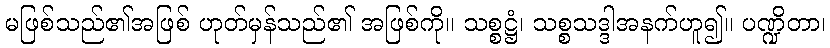
မဖြစ်သည်၏အဖြစ် ဟုတ်မှန်သည်၏ အဖြစ်ကို။ သစ္စဋ္ဌံ၊ သစ္စသဒ္ဒါအနက်ဟူ၍။ ပဏ္ဍိတာ၊